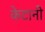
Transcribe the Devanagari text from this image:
केटानी